Lunatic asylums United Provinces 1909-1921 - 1909-1921
Year: 1909
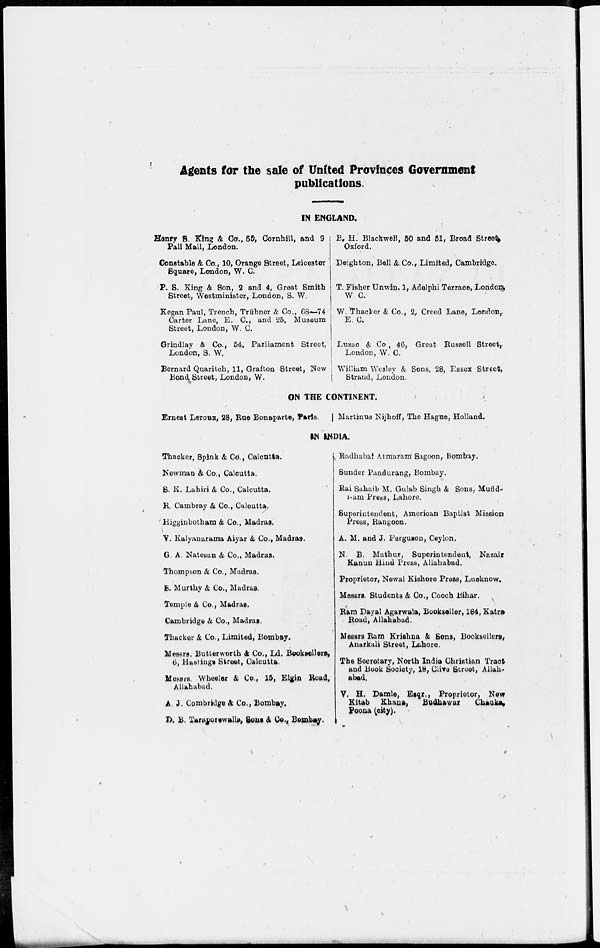
Agents for the sale of United Provinces Government
publications
IN ENGLAND.
Henry S. King & Co., 65, Cornhill, and 9
Pall Mall, London.
Constable & Co., 10, Orange Street, Leicester
Square, London, W. C.
P. S. King & Son, 2 and 4, Great Smith
Street, Westminister, London, S. W.
Kegan Paul, Trench, Trübner & Co., 68—74
Carter Lane, E. C., and 25, Museum
Street, London, W. C.
Grindlay & Co., 54, Parliament Street,
London, S. W.
Bernard Quaritch, 11, Grafton Street, New
Bond Street, London, W.
B. H. Blackwell, 50 and 51, Broad Street
Oxford.
Deighton, Bell & Co., Limited, Cambridge.
T. Fisher Unwin, 1, Adelphi Terrace, London
W C.
W. Thacker & Co., 2, Creed Lane, London,
E. C.
Luzac & Co, 46, Great Russell Street,
London, W. C.
William Wesley & Sons, 28, Essex Street,
Strand, London.
ON THE CONTINENT.
Ernest Leroux, 28, Rue Bonaparte, Paris.
Martinus Nijhoff, The Hague, Holland
IN INDIA.
Thacker, Spink & Co., Calcutta.
Newman & Co., Calcutta.
S. K. Lahiri & Co., Calcutta.
R. Cambray & Co., Calcutta.
Higginbotham & Co., Madras.
V. Kalyanarama Aiyar & Co., Madras.
G. A. Natesan & Co., Madras.
Thompson & Co., Madras.
S. Murthy & Co., Madras.
Temple & Co., Madras.
Cambridge & Co., Madras.
Thacker & Co., Limited, Bombay.
Messrs. Butterworth & Co., Ld. Booksellers,
6, Hastings Street, Calcutta.
Messrs. Wheeler & Co., 15, Elgin Road,
Allahabad.
A.J. Combridge & Co., Bombay.
D. B. Taraporewalla, Sons & Co., Bombay.
Radhabai Atmaram Sagoon, Bombay.
Sunder Pandurang, Bombay.
Rai Sahaib M. Gulab Singh & Sons, Mufid-
i-am Press, Lahore.
Superintendent, American Baptist Mission
Press, Rangoon.
A. M. and J. Ferguson, Ceylon.
N. B. Mathur, Superintendent, Nazair
Kanun Hind Press, Allahabad.
Proprietor, Newal Kishore Press, Lucknow.
Messrs. Students & Co., Cooch Bihar.
Ram Dayal Agarwala, Bookseller, 184, Katra
Road, Allahabad.
Messrs Ram Krishna & Sons, Booksellers,
Anarkali Street, Lahore.
The Secretary, North India Christian Tract
and Book Society, 18, Clive Street, Allah-
abad.
V. H. Damle, Esqr., Proprietor, New
Kitab Khana,
Budhawar
Chauka,
Poona (city).